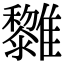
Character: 𩁟